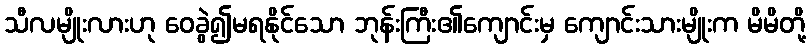
သီလမျိုးလားဟု ဝေခွဲ၍မရနိုင်သော ဘုန်းကြီး၏ကျောင်းမှ ကျောင်းသားမျိုးက မိမိတို့